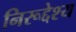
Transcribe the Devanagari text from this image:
निरूद्देश्य